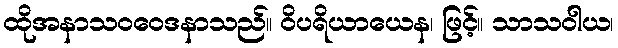
ထိုအနာသဝဝေဒနာသည်။ ဝိပရိယာယေန၊ ဖြင့်။ သာသဝါယ၊